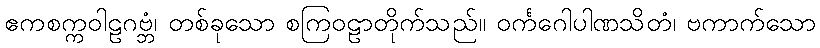
ဧကစက္ကဝါဠဂဗ္ဘံ၊ တစ်ခုသော စကြဝဠာတိုက်သည်။ ဝင်္ကဂေါပါဏသိတံ၊ ဗကာက်သော